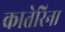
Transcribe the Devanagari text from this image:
कातेरिना